King Institute of Preventive Medicine Micro-Biological Section reports 1909-11
Year: 1909
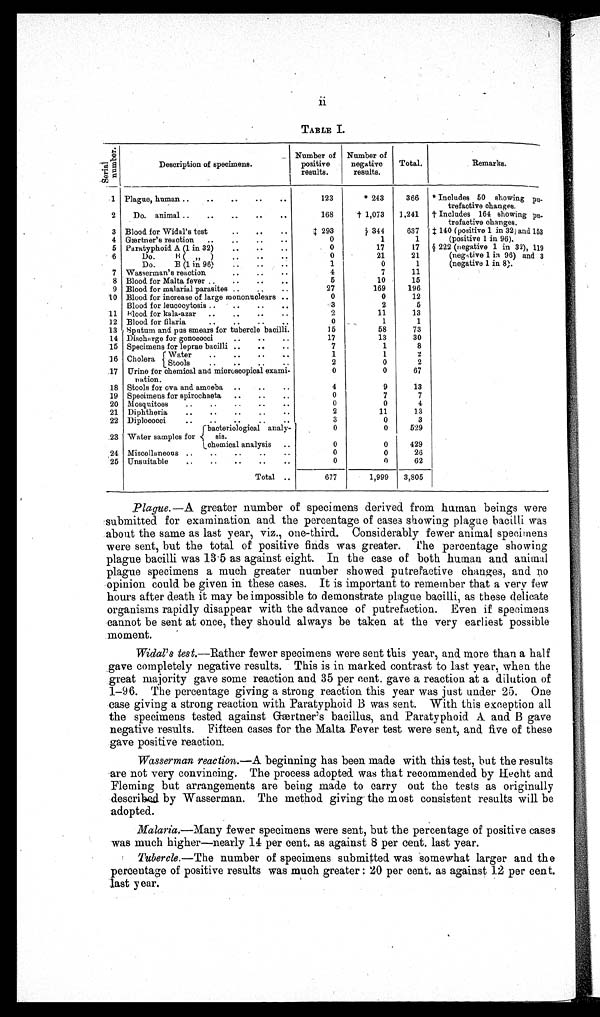
TABLE I.
S e r i a l n u mb e r .
Description of specimens.
Number of
positive
results.
Number of
negative
results.
Total.
Remarks.
1 Plague, human
123
* 243
366
*Includes 50 showing putrefactive changes.
2
Do. animal
168
+1,073
1,241 +Includes 164 showing pu
trefactive changes.
3 Blood for Widal's test
‡293
$ 344
637 ‡ 140 (positive 1 in 32) and 153
4 Gærtner's reaction.
0
1
1
(positive 1 in 96).
5 Paratyphiod A (1 in 32)
0
17
17 $ 222 (negative 1 in 32), 119
6
D o . B ( 1 i n 3 2 )
0
21
21
(negative 1 in 96) and 3
Do. B (1 in 96)
1
0
1
(negative 1 in 8).
7 Wasserman's reaction
4
7
11
8 Blood for Malta fever
5
10
15
9 Blood for malarial parasites
27
169
196
10 Blood for increase of large mononuclears
0
0
12
Blood for leucocytosis
3
2
5
11 Blood for kala-azar
2
11
13
12 Blood for filaria
0
1
1
13 Sputum and pus smears for tubercle bacilli
15
58
73
14 Discharge for gonococci
17
13
30
15 Specimens for leprae bacilli
7
1
8
16 Cholera
Water
1
1
2
S t o o l s
2
0
2
17 Ur i n e f o r c h e mi c a l a n d mi c r o s c o p i c a l e x a mi n a t i o n .
0
0
67
18 Stools for ova and amoeba
4
9
13
19 Specimens for spirochaeta.
0
7
7
20 Mosquitoes
0
0
4
21 Diphtheria
2
11
1.3
22 Diplococci
3
0
3
2 3 Water samples for
bacteriological analy
sis.
0
0
529
chemical analysis
0
0
429
24 Miscellaneous
0
0
26
25 Unsuitable
62
Total
677
1,999
3,805
Plague. —A greater number of specimens derived from human beings were
submitted for examination and the percentage of cases showing plague bacilli was
about the same as last year, viz., one-third. Considerably fewer animal specimens
were sent, but the total of positive finds was greater. Me percentage showing
plague bacilli was 13·5 as against eight. In the case of both human and animal
plague specimens a much greater number showed putrefactive changes, and no
opinion could be given in these cases. It is important to remember that a very few
hours after death it may be impossible to demonstrate plague bacilli, as these delicate
organisms rapidly disappear with the advance of putrefaction. Even if specimens
cannot be sent at once, they should always be taken at the very earliest possible
moment.
Widal's test.—Rather fewer specimens were sent this year, and more than a half
gave completely negative results. This is in marked contrast to last year, when the
great majority gave some reaction and 35 per cent. gave a reaction at a dilution of
1—96. The percentage giving a strong reaction this year was just under 25. One
case giving a strong reaction with Paratyphoid B was sent. With this exception all
the specimens tested against Gærtner's bacillus, and. Paratyphoid A. and B gave
negative results. Fifteen cases for the Malta Fever test were sent, and five of these
gave positive reaction.
Wasserman reaction.—A beginning has been made with this test, but the results
are not very convincing. The process adopted was that recommended by Hecht and.
Fleming but arrangements are being made to carry out the tests as originally
described by Wasserman. The method giving the most consistent results will be
adopted.
Malaria.—Many fewer specimens were sent, but the percentage of positive cases
was much higher—nearly 14 per cent. as against 8 per cent. last year.
Tubercle.—The number of specimens submitted was somewhat larger and the
percentage of positive results was much greater: 20 per cent. as against 12 per cent.
last year.